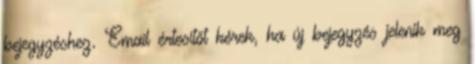
bejegyzéshez. Email értesítőt kérek, ha új bejegyzés jelenik meg